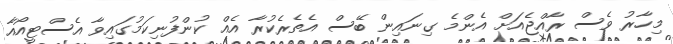
މިހާރު ވެސް ރާއްޖެއަށް އެންމެ ގިނައިން ބޭސް އެތެރެކުރާ އެއް ކުންފުނިކަމުގައިވާ އެސްޓީއޯއާ